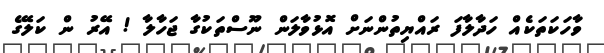
ވާހަކަތަކެއް ހަދާލާފަ ރައްޔިތުންނަށް އޮޅުވާލަން ނޫސްތަކުގާ ޖަހާލާ ! އޭރު ން ކަލޭގެ